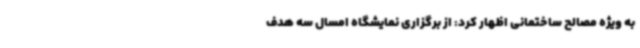
به ویژه مصالح ساختمانی اظهار کرد: از برگزاری نمایشگاه امسال سه هدف